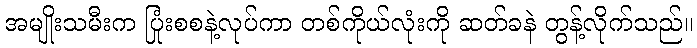
အမျိုးသမီးက ပြုံးစစနဲ့လုပ်ကာ တစ်ကိုယ်လုံးကို ဆတ်ခနဲ တွန့်လိုက်သည်။